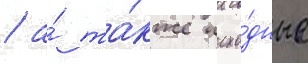
/ а́ та́кже исхо́дные